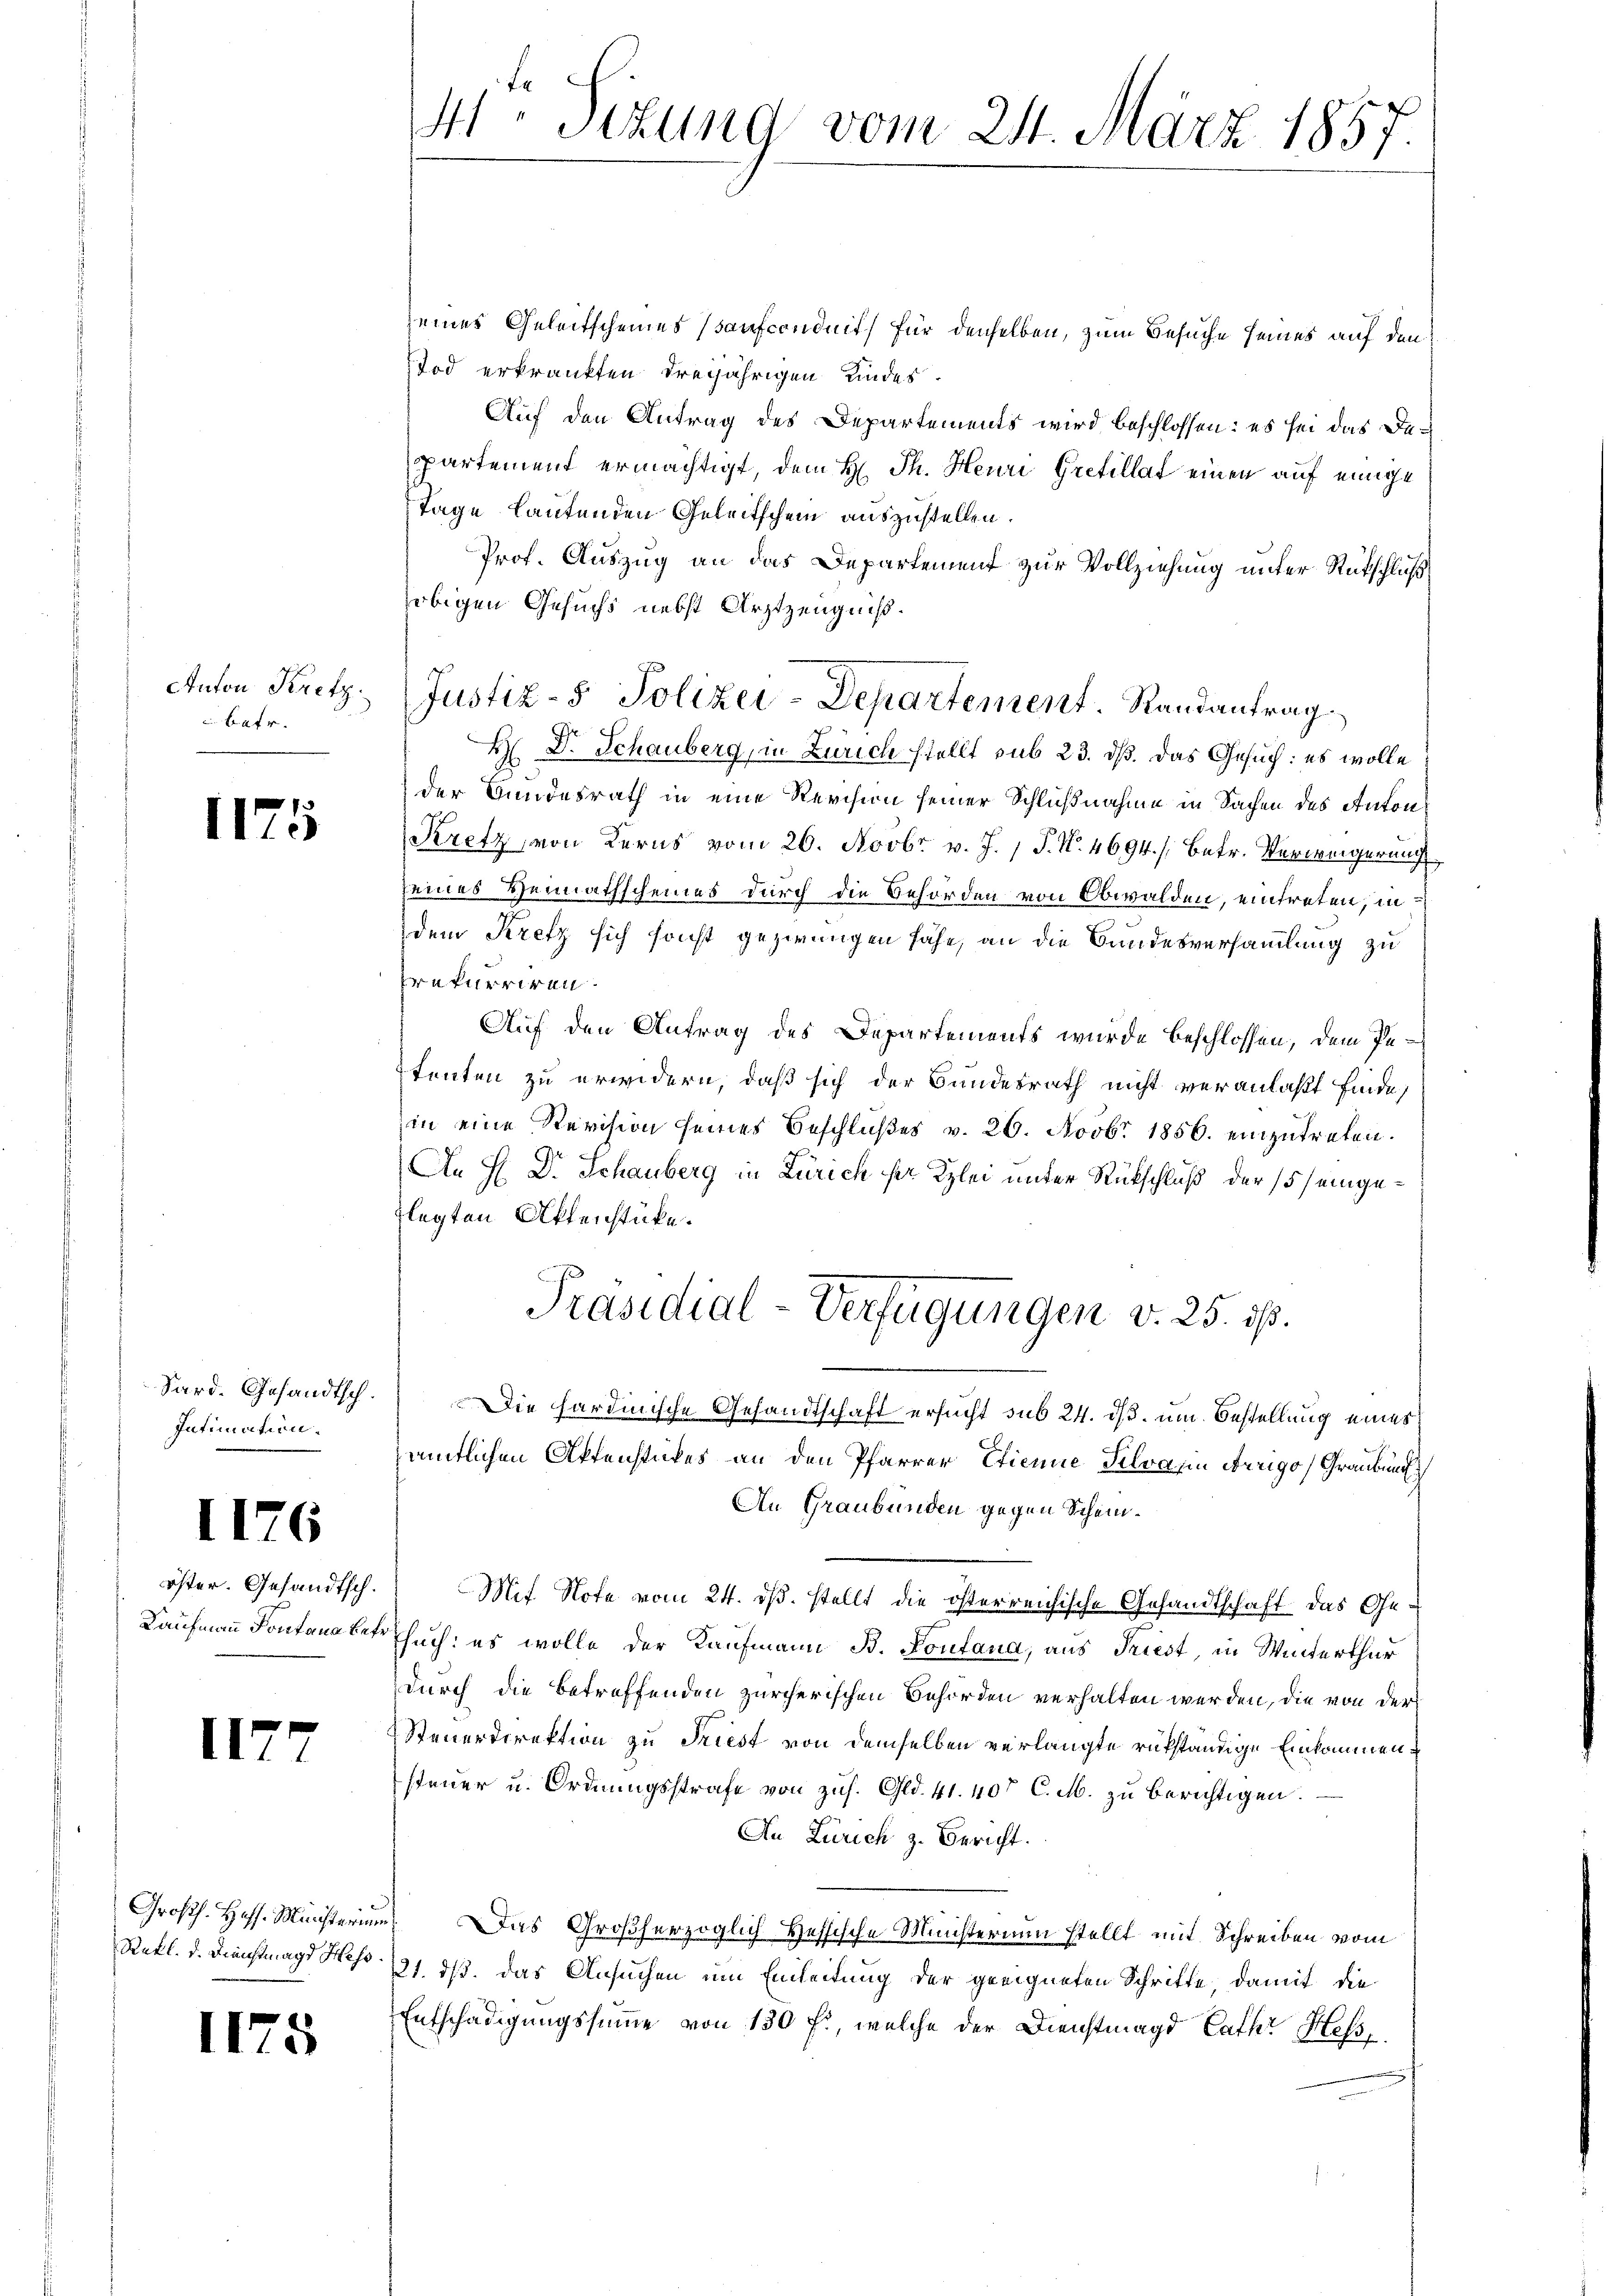
Anton Kretz.
Bafr.

II

Sard. Gesandtsch.
Intimation.

öster. Gesandtsch.
Kaufmann Kontana Betr

II

Großh. Hoff. Ministerium
Rekl. d. Dienstmagd Hess

II

5

176

s

H Sizung vom 24. März 1857.

seines Geleitscheines Saufconduit, für denselben, zum Besuche seines auf den
Tod erkrankten dreijährigen Kindes
Auf den Antrag des Departements wird beschlossen: es sei das Departement ermächtigt, dem H. Th. Heuri Grefillat einen auf einige
Tage lautenden Geleitschen auszustellen.
Prof. Auszug an das Departement zur Vollziehung unter Rütschluß
obigen Gesuchs nebst Arztzeugniß.
H Dr. Schauberg, in Zürich stellt sub 23. dß. Das Gesuch: es wolle
der Bundesrath in eine Revision seiner Schlußnahme in Sachen des Anton¬
Kretz, von Kerns vom 26. Novbr. v. J. J. N. 4694. / Betr. Verweigerung
seines Heimathscheines durch die Behörden von Obwalden, eintreten, in
dem Kretz sich sonst gezwungen sähe, an die Bundesversammlung zu
rekurriren.
Auf den Antrag des Departements wurde beschlossen, dem Petenten zu erwidern, daß sich der Bundesrath nicht veranlaßt finde,
in eine Revision seines Beschlußes v. 26. Novbr 1856. einzutreten.
An H. Dr. Schauberg in Zürich herr Kzlei unter Rückschluß der 15 eingeflegten Offenstücke.
Präsidial-Verfügungen v. 25. ds.
Die hardinische Gesandtschaft ersucht sub 24. ds. um Bestellung eines
ämtlichen Aktenstückes an den Pfarrer Etienne Silvan Trigo, Graubun
An Graubünden gegen Schein¬
Mit Note vom 24. ds. stellt die österreichische Gesandtschaft das Gesuch: es wolle der Kaufmann B. Kontana, aus Triest, in Winterthur
durch die betreffenden zürcherischen Behörden verhalten werden, die von der
Steuerdirektion zu Triest von demselben verlangte rükständige Einkommensteuer u. Ordnungsstrafe von zus. Gld. 41. 407 C.M. zu berichtigen.
An Zürich z. Bericht.
) Das Großherzoglich Heffische Ministerium stellt mit Schreiben vom
121. ds. das Ansuchen um Einleitung der geeigneten Schritte, damit die
Entschädigungssumme von 130 f., welche der Dienstmagd Cath Hessi

Justiz- & Polizei-Departement. Randantrag